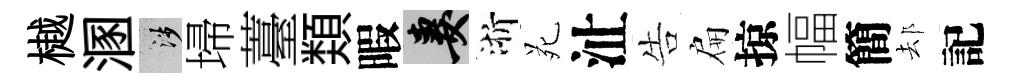
樾溷涉埽薹𩔖暇妻浙苑沚告扁掠幅簡𨚫記